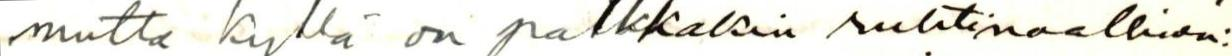
mutta kyllä on palkkakin ruhtinaallinen: